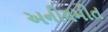
અનીયમીત